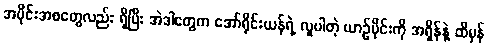
အပိုင်းအစတွေလည်း ရှိပြီး အဲဒါတွေက အော်ရိုင်းယန်ရဲ့ လူပါတဲ့ ယာဉ်ပိုင်းကို အရှိန်နဲ့ ထိမှန်